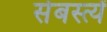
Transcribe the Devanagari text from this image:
सेबस्त्यें